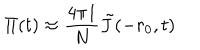
\Pi ( t ) \approx { \frac { 4 \pi I } { N } } \tilde { J } ( - r _ { 0 } , t )